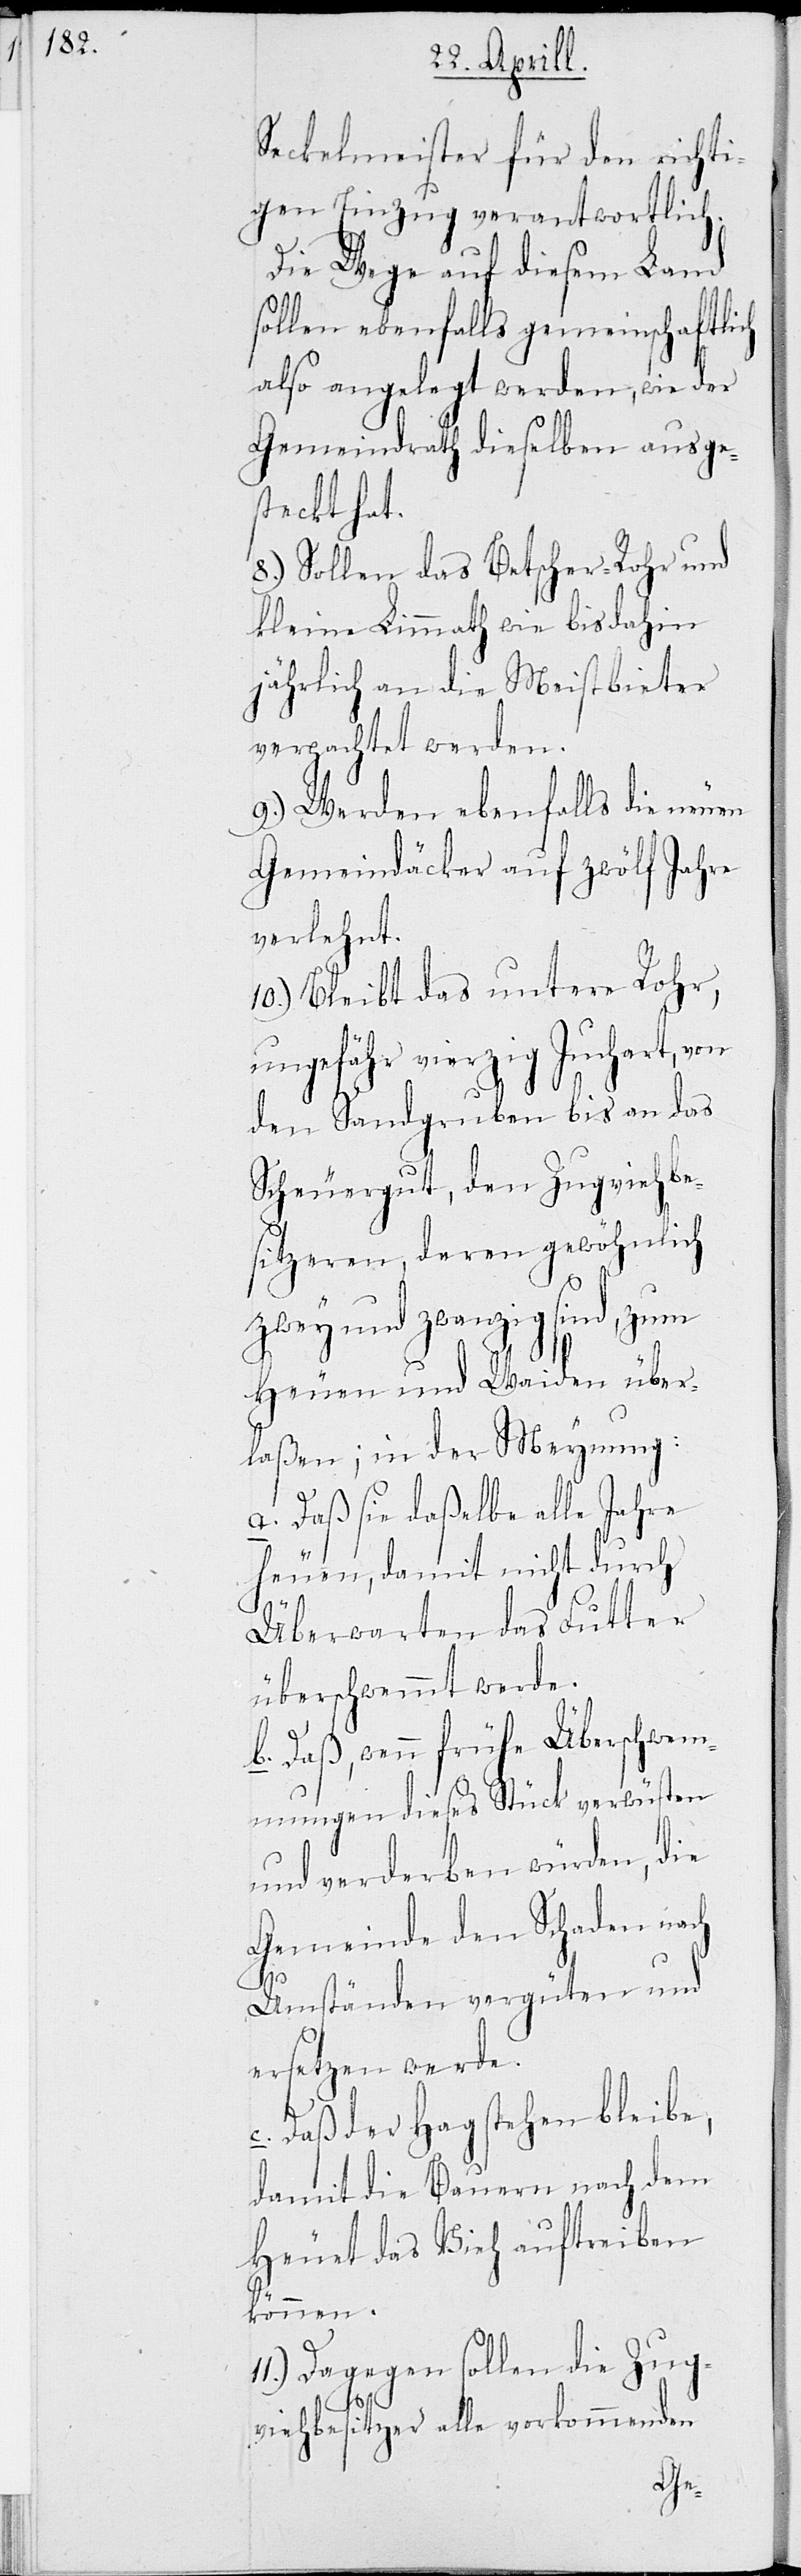
Seckelmeister für den richti¬
gen Einzug verantwortlich.
Die Wege auf diesem Land
sollen ebenfalls gemeinschaftlich
also angelegt werden, wie der
Gemeindrath dieselben ausge¬
steckt hat.
8.) Sollen das Betscher-Rohr und
kleine Limmath wie bis dahin
jährlich an die Meistbieter
verpachtet werden.
9.) Werden ebenfalls die neuen
Gemeindäcker auf zwölf Jahre
verlehnt.
10.) Bleibt das untere Rohr,
ungefähr 40 Juchart, von
den Sandgruben bis an das
Scheuergut, den Zugviehbe¬
sitzeren, deren gewöhnlich
zwey und zwanzig sind, zum
Heuen und Waiden über¬
laßen; in der Meynung:
a. Daß sie dasselbe alle Jahre
heuen, damit nicht durch
Überwarten das Futter
überschwemmt werde.
b. Daß, wenn frühe Überschwem¬
mungen dieses Stück verwüsten
und verderben würden, die
Gemeinde den Schaden nach
Umständen vergüten und
ersetzen werde.
c. Daß der Hag stehen bleibe,
damit die Bauern nach dem
Heuet das Vieh auftreiben
können.
11.) Dagegen sollen die Zug¬
viehbesitzer alle vorkommenden